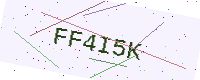
Text: FF4I5K